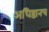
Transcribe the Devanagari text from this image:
अधिष्ठानच